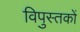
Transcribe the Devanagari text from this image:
विपुस्तकों